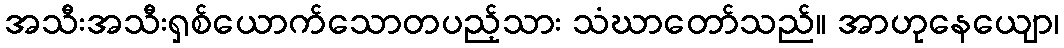
အသီးအသီးရှစ်ယောက်သောတပည့်သား သံဃာတော်သည်။ အာဟုနေယျော၊